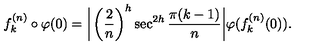
f _ { k } ^ { ( n ) } \circ \varphi ( 0 ) = \bigg | \left( \frac { 2 } { n } \right) ^ { h } \sec ^ { 2 h } \frac { \pi ( k - 1 ) } { n } \bigg | \varphi ( f _ { k } ^ { ( n ) } ( 0 ) ) .